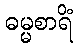
ဓမ္မစာရိံ